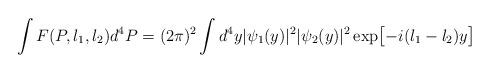
LaTeX: \begin{align*}\int F(P,l_1,l_2)d^4P=(2\pi)^2\int d^4y|\psi_1(y)|^2|\psi_2(y)|^2\exp\bigl[-i(l_1-l_2)y\bigr]\end{align*}